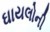
ઘાયલોની